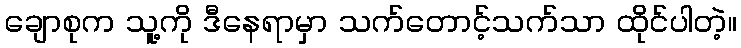
ချောစုက သူ့ကို ဒီနေရာမှာ သက်တောင့်သက်သာ ထိုင်ပါတဲ့။